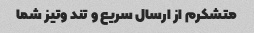
متشکرم از ارسال سریع و تند وتیز شما